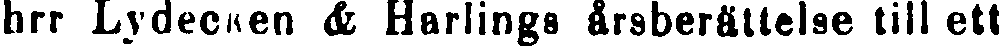
hrr Lydecken & Harlings årsberättelse till ett